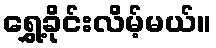
ရွှေ့ခိုင်းလိမ့်မယ်။